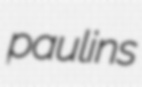
paulins